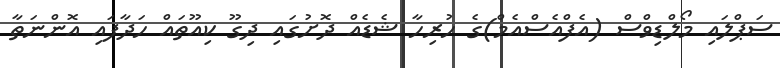
ސަޕްލައި މޯލްޑިވްސް (އެފްއެސްއެމް)ގެ ހުރިހާ ޝެޑެއް ދޮށުގައި ދިގޫ ކިއޫތައް ހަދާފައި އޮންނަތާ